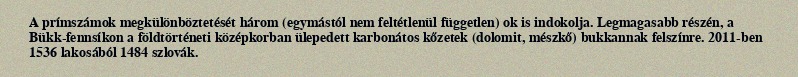
A prímszámok megkülönböztetését három (egymástól nem feltétlenül független) ok is indokolja. Legmagasabb részén, a Bükk-fennsíkon a földtörténeti középkorban ülepedett karbonátos kőzetek (dolomit, mészkő) bukkannak felszínre. 2011-ben 1536 lakosából 1484 szlovák.